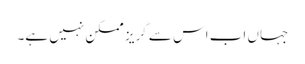
جہاں اب اس سے گریز ممکن نہیں ہے۔